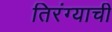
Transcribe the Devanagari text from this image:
तिरंग्याची